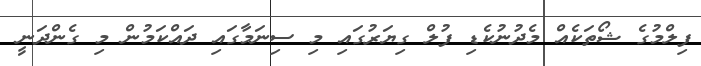
ފިލްމުގެ ޝޯތަކެއް މެދުނުކެޑި ފުލް ގިޔަރުގައި މި ސިނަމާގައި ދައްކަމުން މި ގެންދަނީ